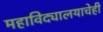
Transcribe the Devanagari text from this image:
महाविद्यालयाचेही